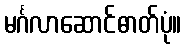
မင်္ဂလာဆောင်ဓာတ်ပုံ။